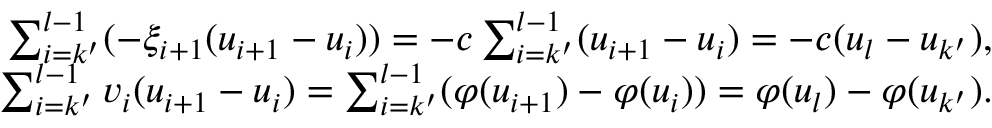
\begin{array} { r } { \sum _ { i = k ^ { \prime } } ^ { l - 1 } ( - \xi _ { i + 1 } ( u _ { i + 1 } - u _ { i } ) ) = - c \sum _ { i = k ^ { \prime } } ^ { l - 1 } ( u _ { i + 1 } - u _ { i } ) = - c ( u _ { l } - u _ { k ^ { \prime } } ) , } \\ { \sum _ { i = k ^ { \prime } } ^ { l - 1 } v _ { i } ( u _ { i + 1 } - u _ { i } ) = \sum _ { i = k ^ { \prime } } ^ { l - 1 } ( \varphi ( u _ { i + 1 } ) - \varphi ( u _ { i } ) ) = \varphi ( u _ { l } ) - \varphi ( u _ { k ^ { \prime } } ) . } \end{array}